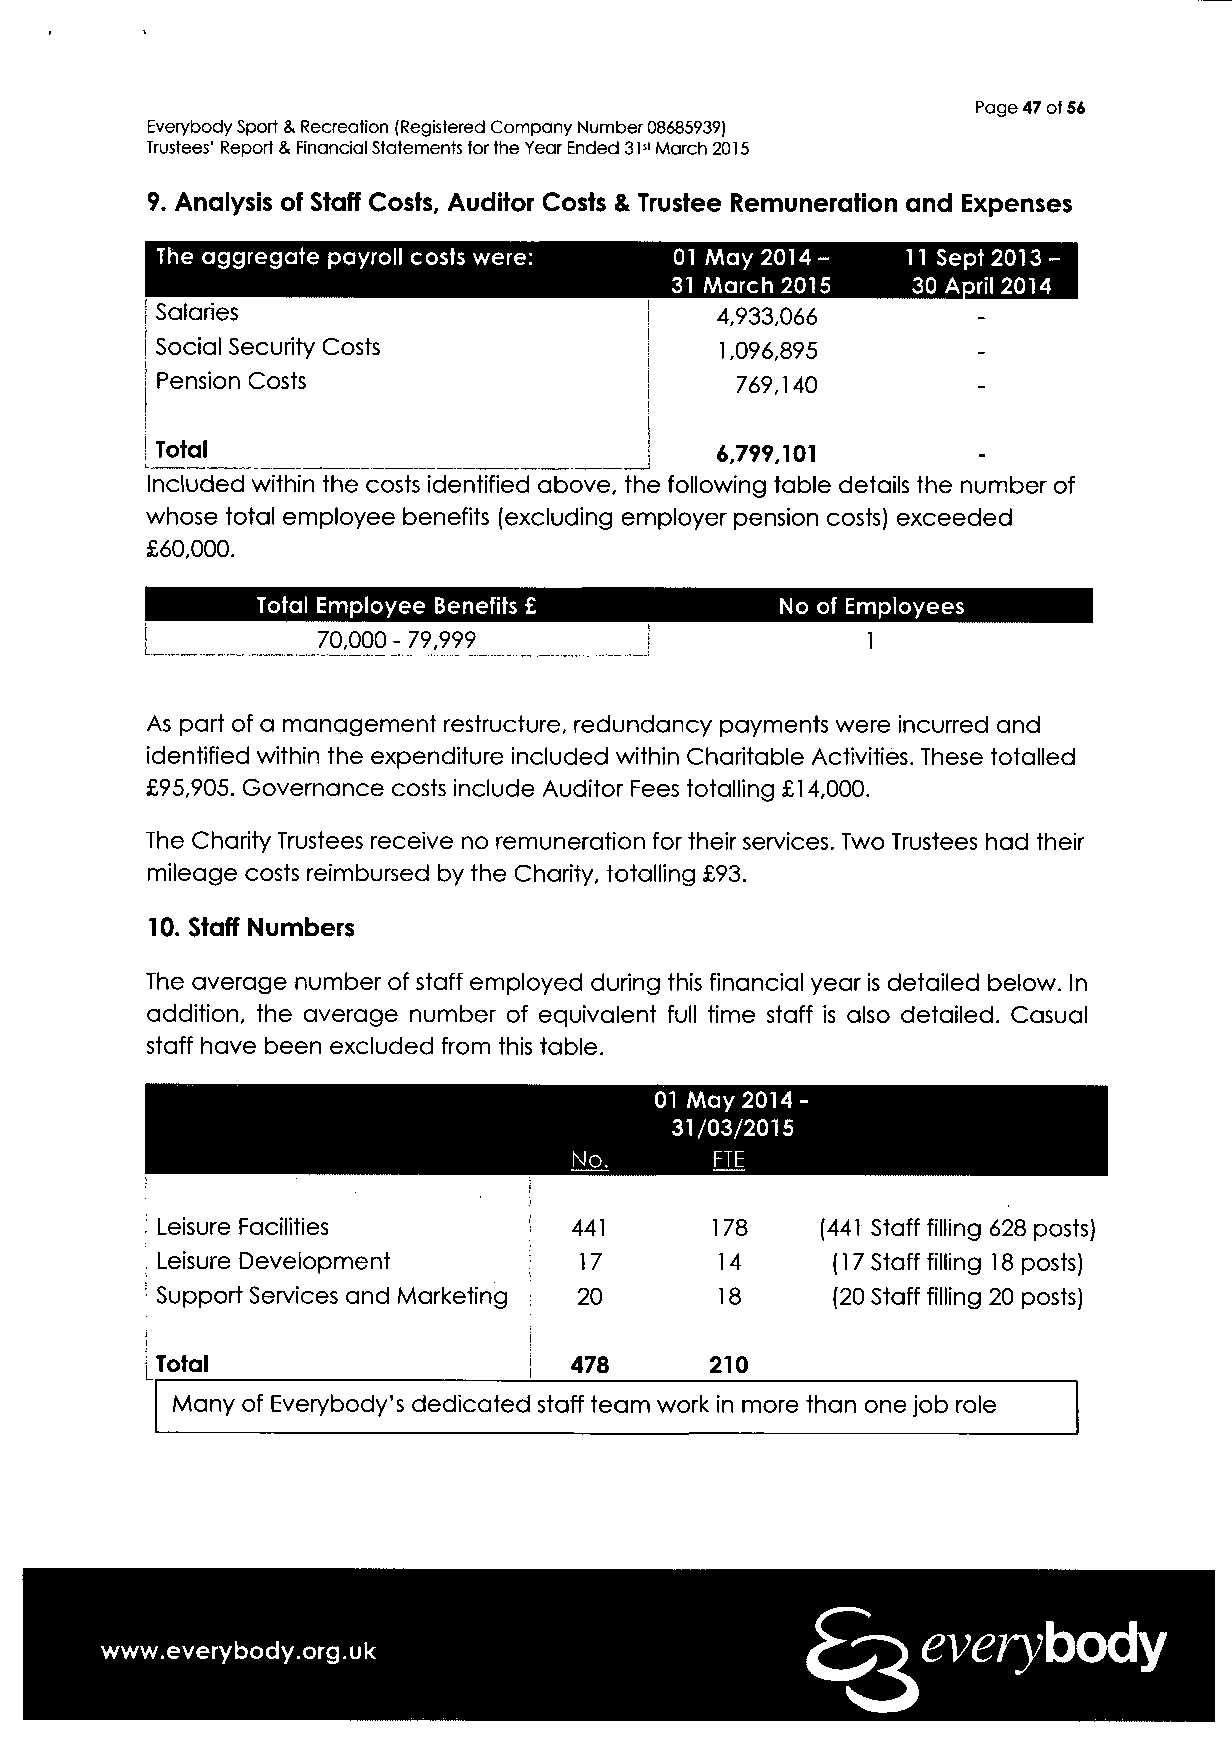
Page 47 of 56
 Everybody Sport & Recreation (Registered Company Number 08685939)
 Trustees' Report & Financial Statements for the Year Ended 31st March 2015
 9. Analysis of Staff Costs, Auditor Costs & Trustee Remuneration and Expenses
 The aggregate payroll costs were:  01 May 2014-   11 Sept 2013-
 31 March 2015   30 April 2014
 Salaries                             4,933,066
 Social Security Costs                 1,096,895
 Pension Costs                          769,140
 Total                                6,799,101
 Included within the costs identified above, the following table details the number of
 whose total employee benefits (excluding employer pension costs) exceeded
 £60,000.
 Total Employee Benefits £          No of Employees
 70,000 - 79,999                     1
 As part of a management restructure, redundancy payments were incurred and
 identified within the expenditure included within Charitable Activities. These totalled
 £95,905. Governance costs include Auditor Fees totalling £14,000.
 The Charity Trustees receive no remuneration for their services. Two Trustees had their
 mileage costs reimbursed by the Charity, totalling £93.
 10. Staff Numbers
 The average number of staff employed during this financial year is detailed below. In
 addition, the average number of equivalent full time staff is also detailed. Casual
 staff have been excluded from this table.
 01 May 2014-
 31/03/2015
 FTE
 Leisure Facilities          441      178    (441 Staff filling 628 posts)
 Leisure Development         17        14     (17 Staff filling 18 posts)
 Support Services and Marketing : 20   18     (20 Staff filling 20 posts)
 Total                       478      210
 Many of Everybody's dedicated staff team work in more than one job role
 www.everybody.org.uk